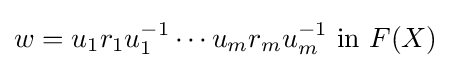
w=u_{1}r_{1}u_{1}^{-1}\cdots u_{m}r_{m}u_{m}^{-1}{\text{ in }}F(X)